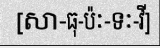
[សា-ធុ-ប៉ៈ-ទៈ-វី]